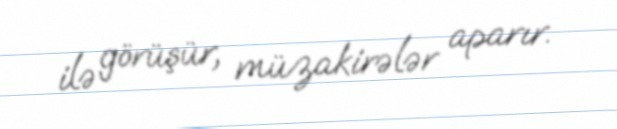
ilə görüşür, müzakirələr aparır.